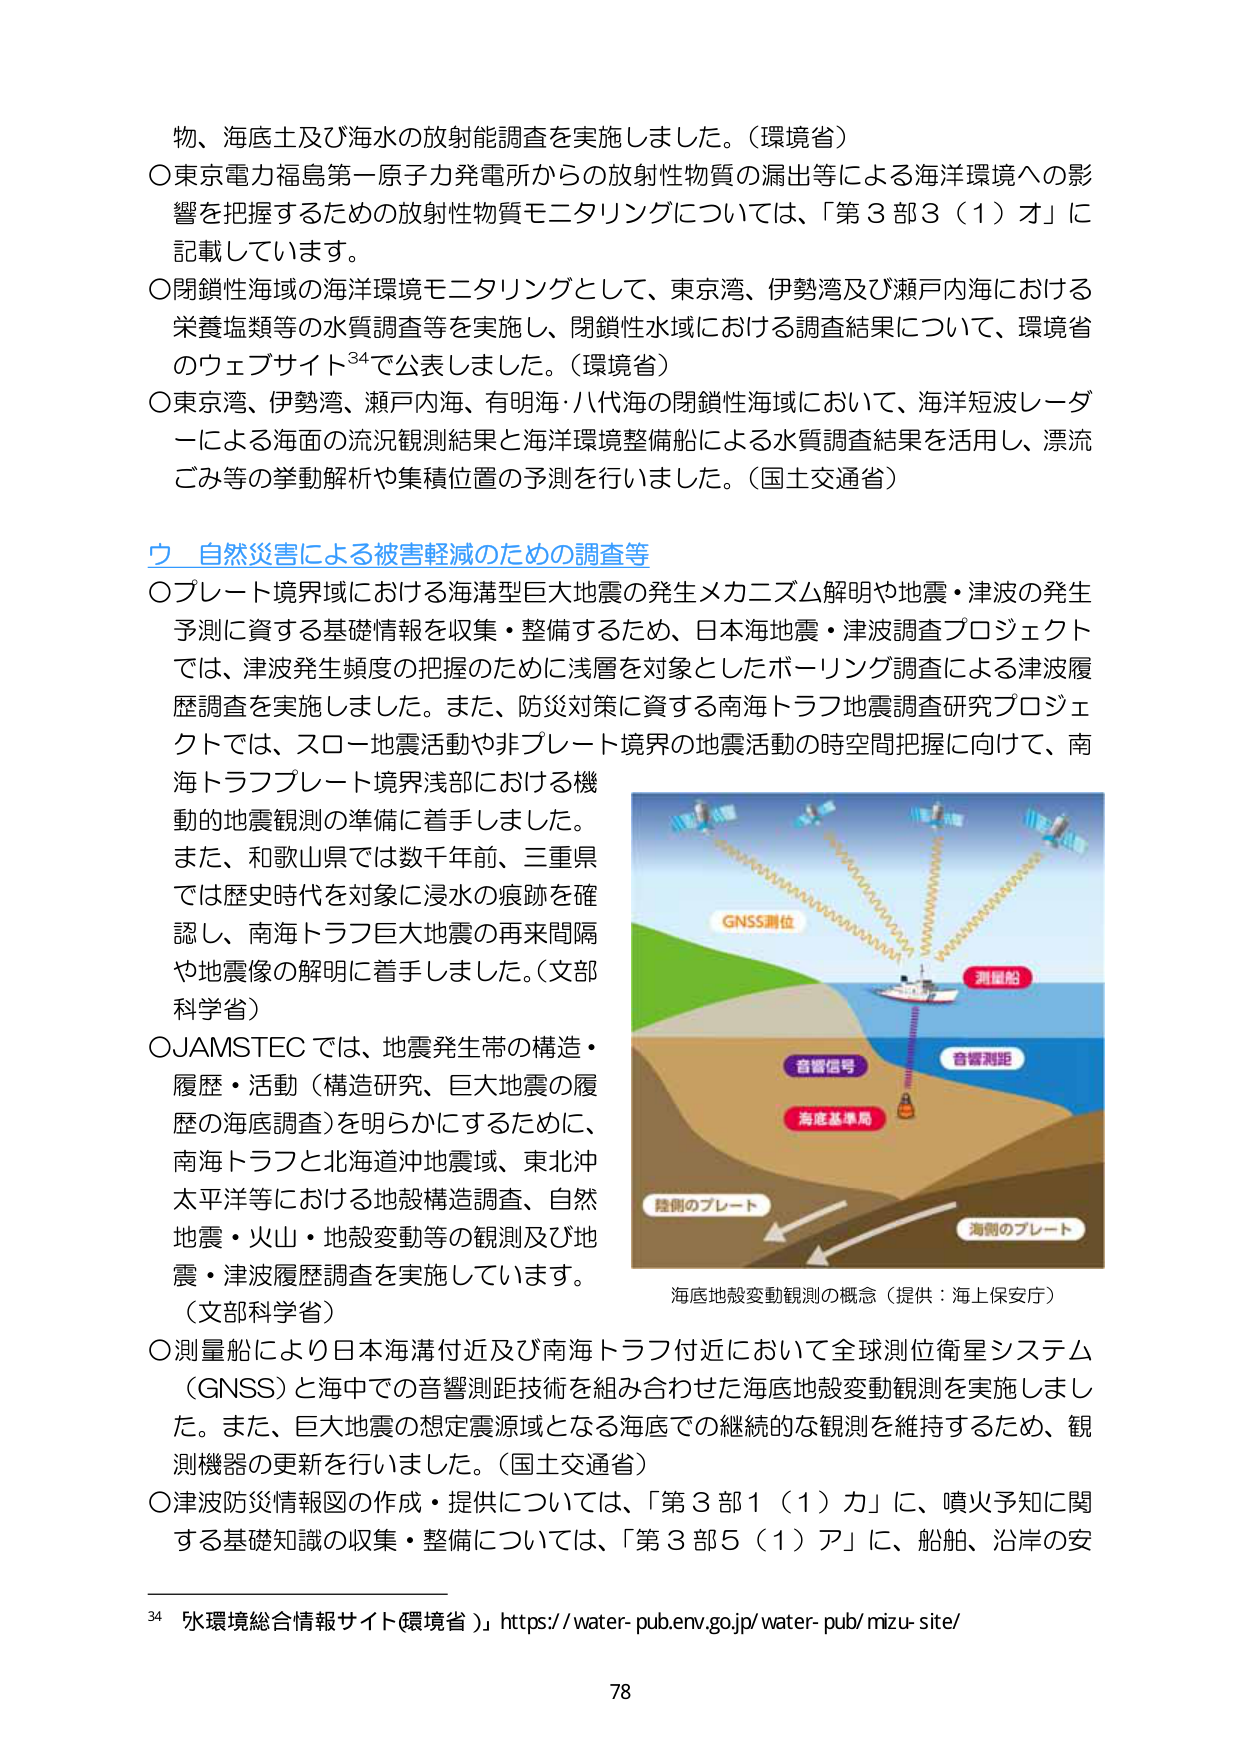
物、海底土及び海水の放射能調査を実施しました。（環境省）
〇東京電力福島第一原子力発電所からの放射性物質の漏出等による海洋環境への影響を把握するための放射性物質モニタリングについては、「第３部３（１）オ」に記載しています。
〇閉鎖性海域の海洋環境モニタリングとして、東京湾、伊勢湾及び瀬戸内海における栄養塩類等の水質調査等を実施し、閉鎖性水域における調査結果について、環境省のウェブサイト³⁴で公表しました。（環境省）
〇東京湾、伊勢湾、瀬戸内海、有明海・八代海の閉鎖性海域において、海洋短波レーダーによる海面の流況観測結果と海洋環境整備船による水質調査結果を活用し、漂流ごみ等の挙動解析や集積位置の予測を行いました。（国土交通省）

**ウ 自然災害による被害軽減のための調査等**
〇プレート境界域における海溝型巨大地震の発生メカニズム解明や地震・津波の発生予測に資する基礎情報を収集・整備するため、日本海地震・津波調査プロジェクトでは、津波発生頻度の把握のために浅層を対象としたボーリング調査による津波履歴調査を実施しました。また、防災対策に資する南海トラフ地震調査研究プロジェクトでは、スロー地震活動や非プレート境界の地震活動の時空間把握に向けて、南海トラフプレート境界浅部における機動的地震観測の準備に着手しました。
また、和歌山県では数千年、三重県では歴史時代を対象に浸水の痕跡を確認し、南海トラフ巨大地震の再来間隔や地震像の解明に着手しました。（文部科学省）
〇JAMSTECでは、地震発生帯の構造・履歴・活動（構造研究、巨大地震の履歴の海底調査）を明らかにするために、南海トラフと北海道沖地震域、東北沖太平洋等における地殻構造調査、自然地震・火山・地殻変動等の観測及び地震・津波履歴調査を実施しています。（文部科学省）
〇測量船により日本海溝付近及び南海トラフ付近において全球測位衛星システム（GNSS）と海中での音響測距技術を組み合わせた海底地殻変動観測を実施しました。また、巨大地震の想定震源域となる海底での継続的な観測を維持するため、観測機器の更新を行いました。（国土交通省）
〇津波防災情報図の作成・提供については、「第３部１（１）カ」に、噴火予知に関する基礎知識の収集・整備については、「第３部５（１）ア」に、船舶、沿岸の安

**図：海底地殻変動観測の概念（提供：海上保安庁）**
（図内ラベル）
- GNSS測位
- 測量船
- 音響信号
- 音響測距
- 海底基準局
- 陸側のプレート
- 海側のプレート

³⁴「水環境総合情報サイト（環境省）」https://water-pub.env.go.jp/water-pub/mizu-site/

78